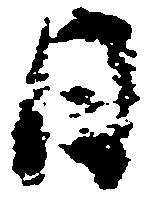
日